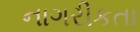
નાગરીકતા